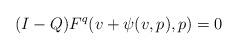
LaTeX: \begin{align*}(I-Q)F^q(v + \psi(v,p),p) = 0\end{align*}